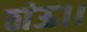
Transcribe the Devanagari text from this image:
ठांऊ।।